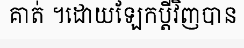
គាត់ ។ដោយឡែកប្តីវិញបាន